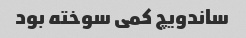
ساندویچ کمی سوخته بود